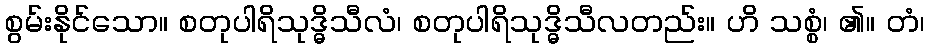
စွမ်းနိုင်သော။ စတုပါရိသုဒ္ဓိသီလံ၊ စတုပါရိသုဒ္ဓိသီလတည်း။ ဟိ သစ္စံ၊ ၏။ တံ၊